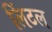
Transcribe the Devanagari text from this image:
लिंटल